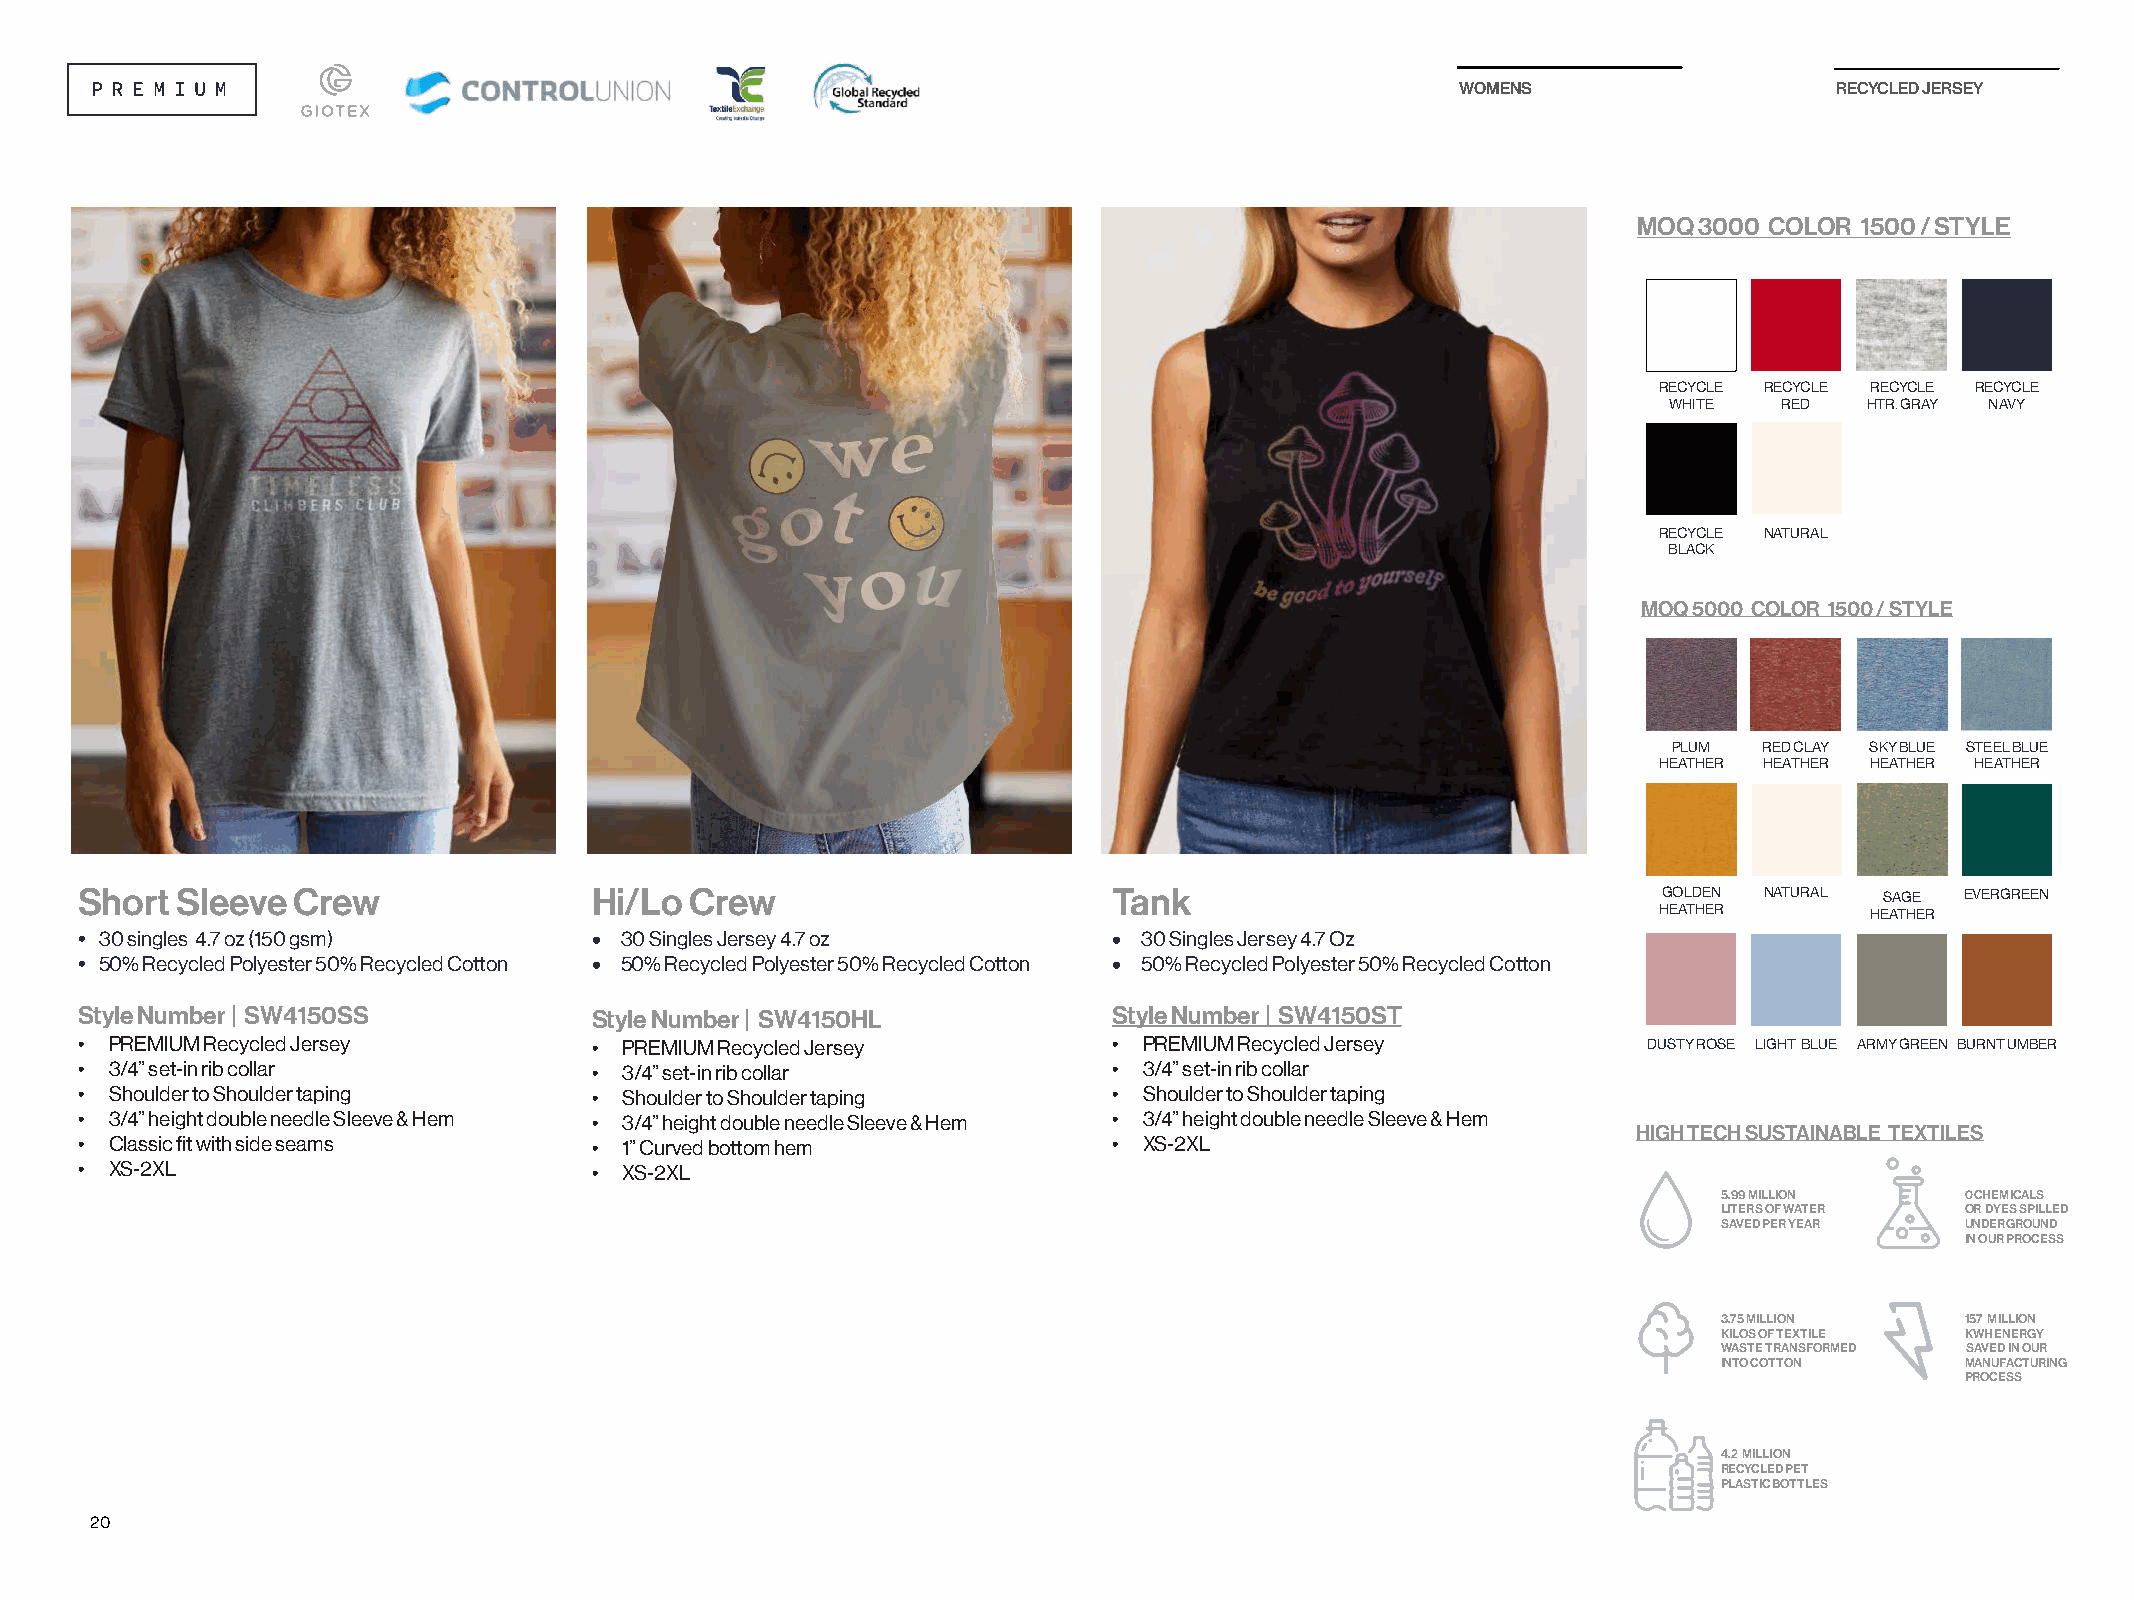
WOMENS                   RECYCLED JERSEY
 MOQ 3000 COLOR 1500 / STYLE
 RECYCLE RECYCLE RECYCLE RECYCLE
 WHITE   RED   HTR. GRAY NAVY
 RECYCLE NATURAL
 BLACK
 MOQ 5000 COLOR 1500 / STYLE
 PLUM  RED CLAY SKY BLUE STEEL BLUE
 HEATHER HEATHER HEATHER HEATHER
 Short  Sleeve Crew                Hi/Lo  Crew                        Tank                                GOLDEN NATURAL SAGE EVERGREEN
 HEATHER       HEATHER
 • 30 singles 4.7 oz (150 gsm)     • 30 Singles Jersey 4.7 oz         • 30 Singles Jersey 4.7 Oz
 • 50% Recycled Polyester 50% Recycled Cotton • 50% Recycled Polyester 50% Recycled Cotton • 50% Recycled Polyester 50% Recycled Cotton
 Style Number | SW4150SS           Style Number | SW4150HL            Style Number | SW4150ST
 • PREMIUM Recycled Jersey         • PREMIUM Recycled Jersey          • PREMIUM Recycled Jersey          DUSTY ROSE LIGHT BLUE ARMY GREEN BURNT UMBER
 • 3/4” set-in rib collar          • 3/4” set-in rib collar           • 3/4” set-in rib collar
 • Shoulder to Shoulder taping     • Shoulder to Shoulder taping      • Shoulder to Shoulder taping
 • 3/4” height double needle Sleeve & Hem • 3/4” height double needle Sleeve & Hem • 3/4” height double needle Sleeve & Hem
 HIGH TECH SUSTAINABLE TEXTILES
 • Classic fit with side seams     • 1” Curved bottom hem             • XS-2XL
 • XS-2XL                          • XS-2XL
 5.99 MILLION    0 CHEMICALS
 LITERS OF WATER OR DYES SPILLED
 SAVED PER YEAR  UNDERGROUND
 IN OUR PROCESS
 3.75 MILLION    157 MILLION
 KILOS OF TEXTILE KWH ENERGY
 WASTE TRANSFORMED SAVED IN OUR
 INTO COTTON     MANUFACTURING
 PROCESS
 4.2 MILLION
 RECYCLED PET
 PLASTIC BOTTLES
 20